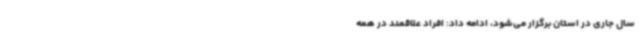
سال جاری در استان برگزار می‌شود، ادامه داد: افراد علاقمند در همه